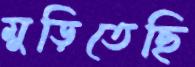
মুড়িতেছি